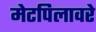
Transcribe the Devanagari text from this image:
मेटपिलावरे